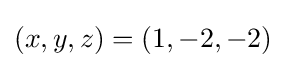
(x,y,z)=(1,-2,-2)